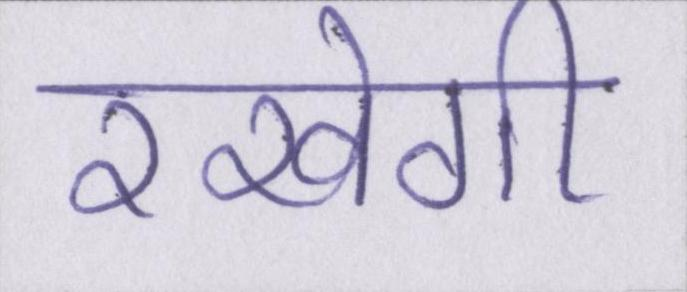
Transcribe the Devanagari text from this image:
रखेगी